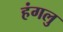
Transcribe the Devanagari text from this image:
हंगलु